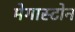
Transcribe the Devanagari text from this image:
मेगास्टोन